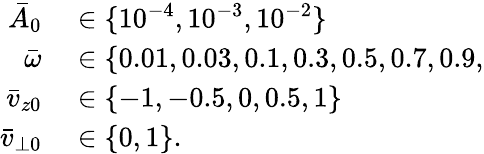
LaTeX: \begin{array}{rl}{\bar{A}_{0}}&{{}\in\{ 10^{-4},10^{-3},10^{-2}\} }\\ {\bar{\omega}}&{{}\in\{ 0.01,0.03,0.1,0.3,0.5,0.7,0.9,}\\ {\bar{v}_{z0}}&{{}\in\{ -1,-0.5,0,0.5,1\} }\\ {\bar{v}_{\perp 0}}&{{}\in\{ 0,1\} .}\end{array}